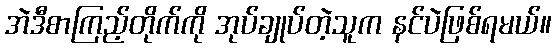
အဲဒီစာကြည့်တိုက်ကို အုပ်ချုပ်တဲ့သူက နင်ပဲဖြစ်ရမယ်။